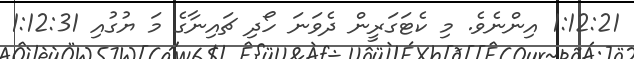
1:12:21 އިންނެވެ. މި ކެޓަގަރީން ދެވަނަ ހޯދި ޗައިނާގެ މަ ޔުގުއި 1:12:31